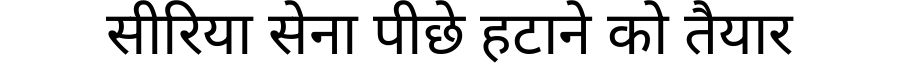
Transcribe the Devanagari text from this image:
सीरिया सेना पीछे हटाने को तैयार